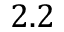
2 . 2